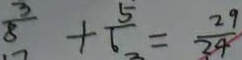
\frac { 3 } { 8 } + \frac { 5 } { 6 } = \frac { 2 9 } { 2 4 }